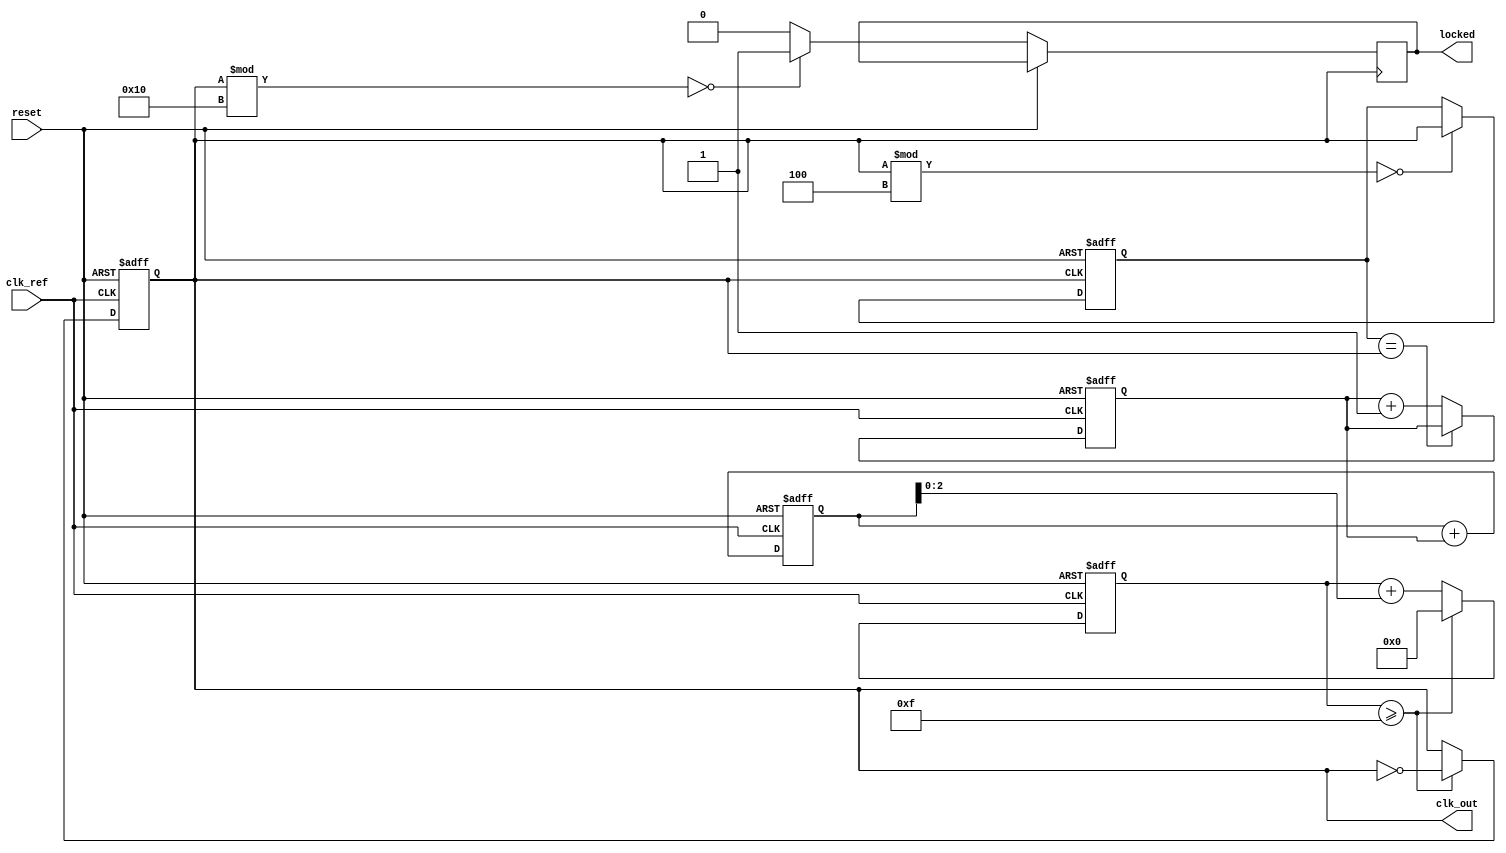
module dual_loop_pll (
    input wire clk_ref,         // Reference clock input
    input wire reset,           // Reset signal
    output reg clk_out,         // Output clock signal
    output reg locked           // Lock status indicator
);

// Parameters
parameter CLK_DIV_INNER = 4;  // Inner loop divider factor
parameter CLK_DIV_OUTER = 16;  // Outer loop divider factor

// Internal signals
reg [3:0] phase_error;         // Phase error signal
reg [7:0] control_voltage;      // Control voltage for VCO
reg [3:0] vco_count;            // VCO counter
reg inner_loop_feedback;        // Inner loop feedback
reg outer_loop_feedback;        // Outer loop feedback

// Phase Detector
always @(posedge clk_ref or posedge reset) begin
    if (reset) begin
        phase_error <= 0;
    end else begin
        // Phase detection logic (simple example)
        if (inner_loop_feedback == clk_out) begin
            phase_error <= phase_error; // No error
        end else begin
            phase_error <= phase_error + 1; // Increment error
        end
    end
end

// Loop Filter
always @(posedge clk_ref or posedge reset) begin
    if (reset) begin
        control_voltage <= 0;
    end else begin
        // Simple low-pass filter (example)
        control_voltage <= control_voltage + phase_error;
    end
end

// Voltage-Controlled Oscillator (VCO)
always @(posedge clk_ref or posedge reset) begin
    if (reset) begin
        clk_out <= 0;
        vco_count <= 0;
    end else begin
        // VCO frequency adjustment (example)
        vco_count <= vco_count + control_voltage[2:0]; // Use lower bits of control_voltage
        if (vco_count >= (CLK_DIV_OUTER - 1)) begin
            clk_out <= ~clk_out; // Toggle output clock
            vco_count <= 0;
        end
    end
end

// Frequency Divider for Inner Loop
always @(posedge clk_out or posedge reset) begin
    if (reset) begin
        inner_loop_feedback <= 0;
    end else begin
        if (clk_out % CLK_DIV_INNER == 0) begin
            inner_loop_feedback <= clk_out; // Inner loop feedback
        end
    end
end

// Frequency Divider for Outer Loop
always @(posedge clk_out or posedge reset) begin
    if (reset) begin
        outer_loop_feedback <= 0;
    end else begin
        if (clk_out % CLK_DIV_OUTER == 0) begin
            outer_loop_feedback <= clk_out; // Outer loop feedback
            locked <= 1; // Indicate locked state
        end else begin
            locked <= 0; // Not locked
        end
    end
end

endmodule